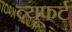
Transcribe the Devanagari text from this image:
व्यूफर्ट